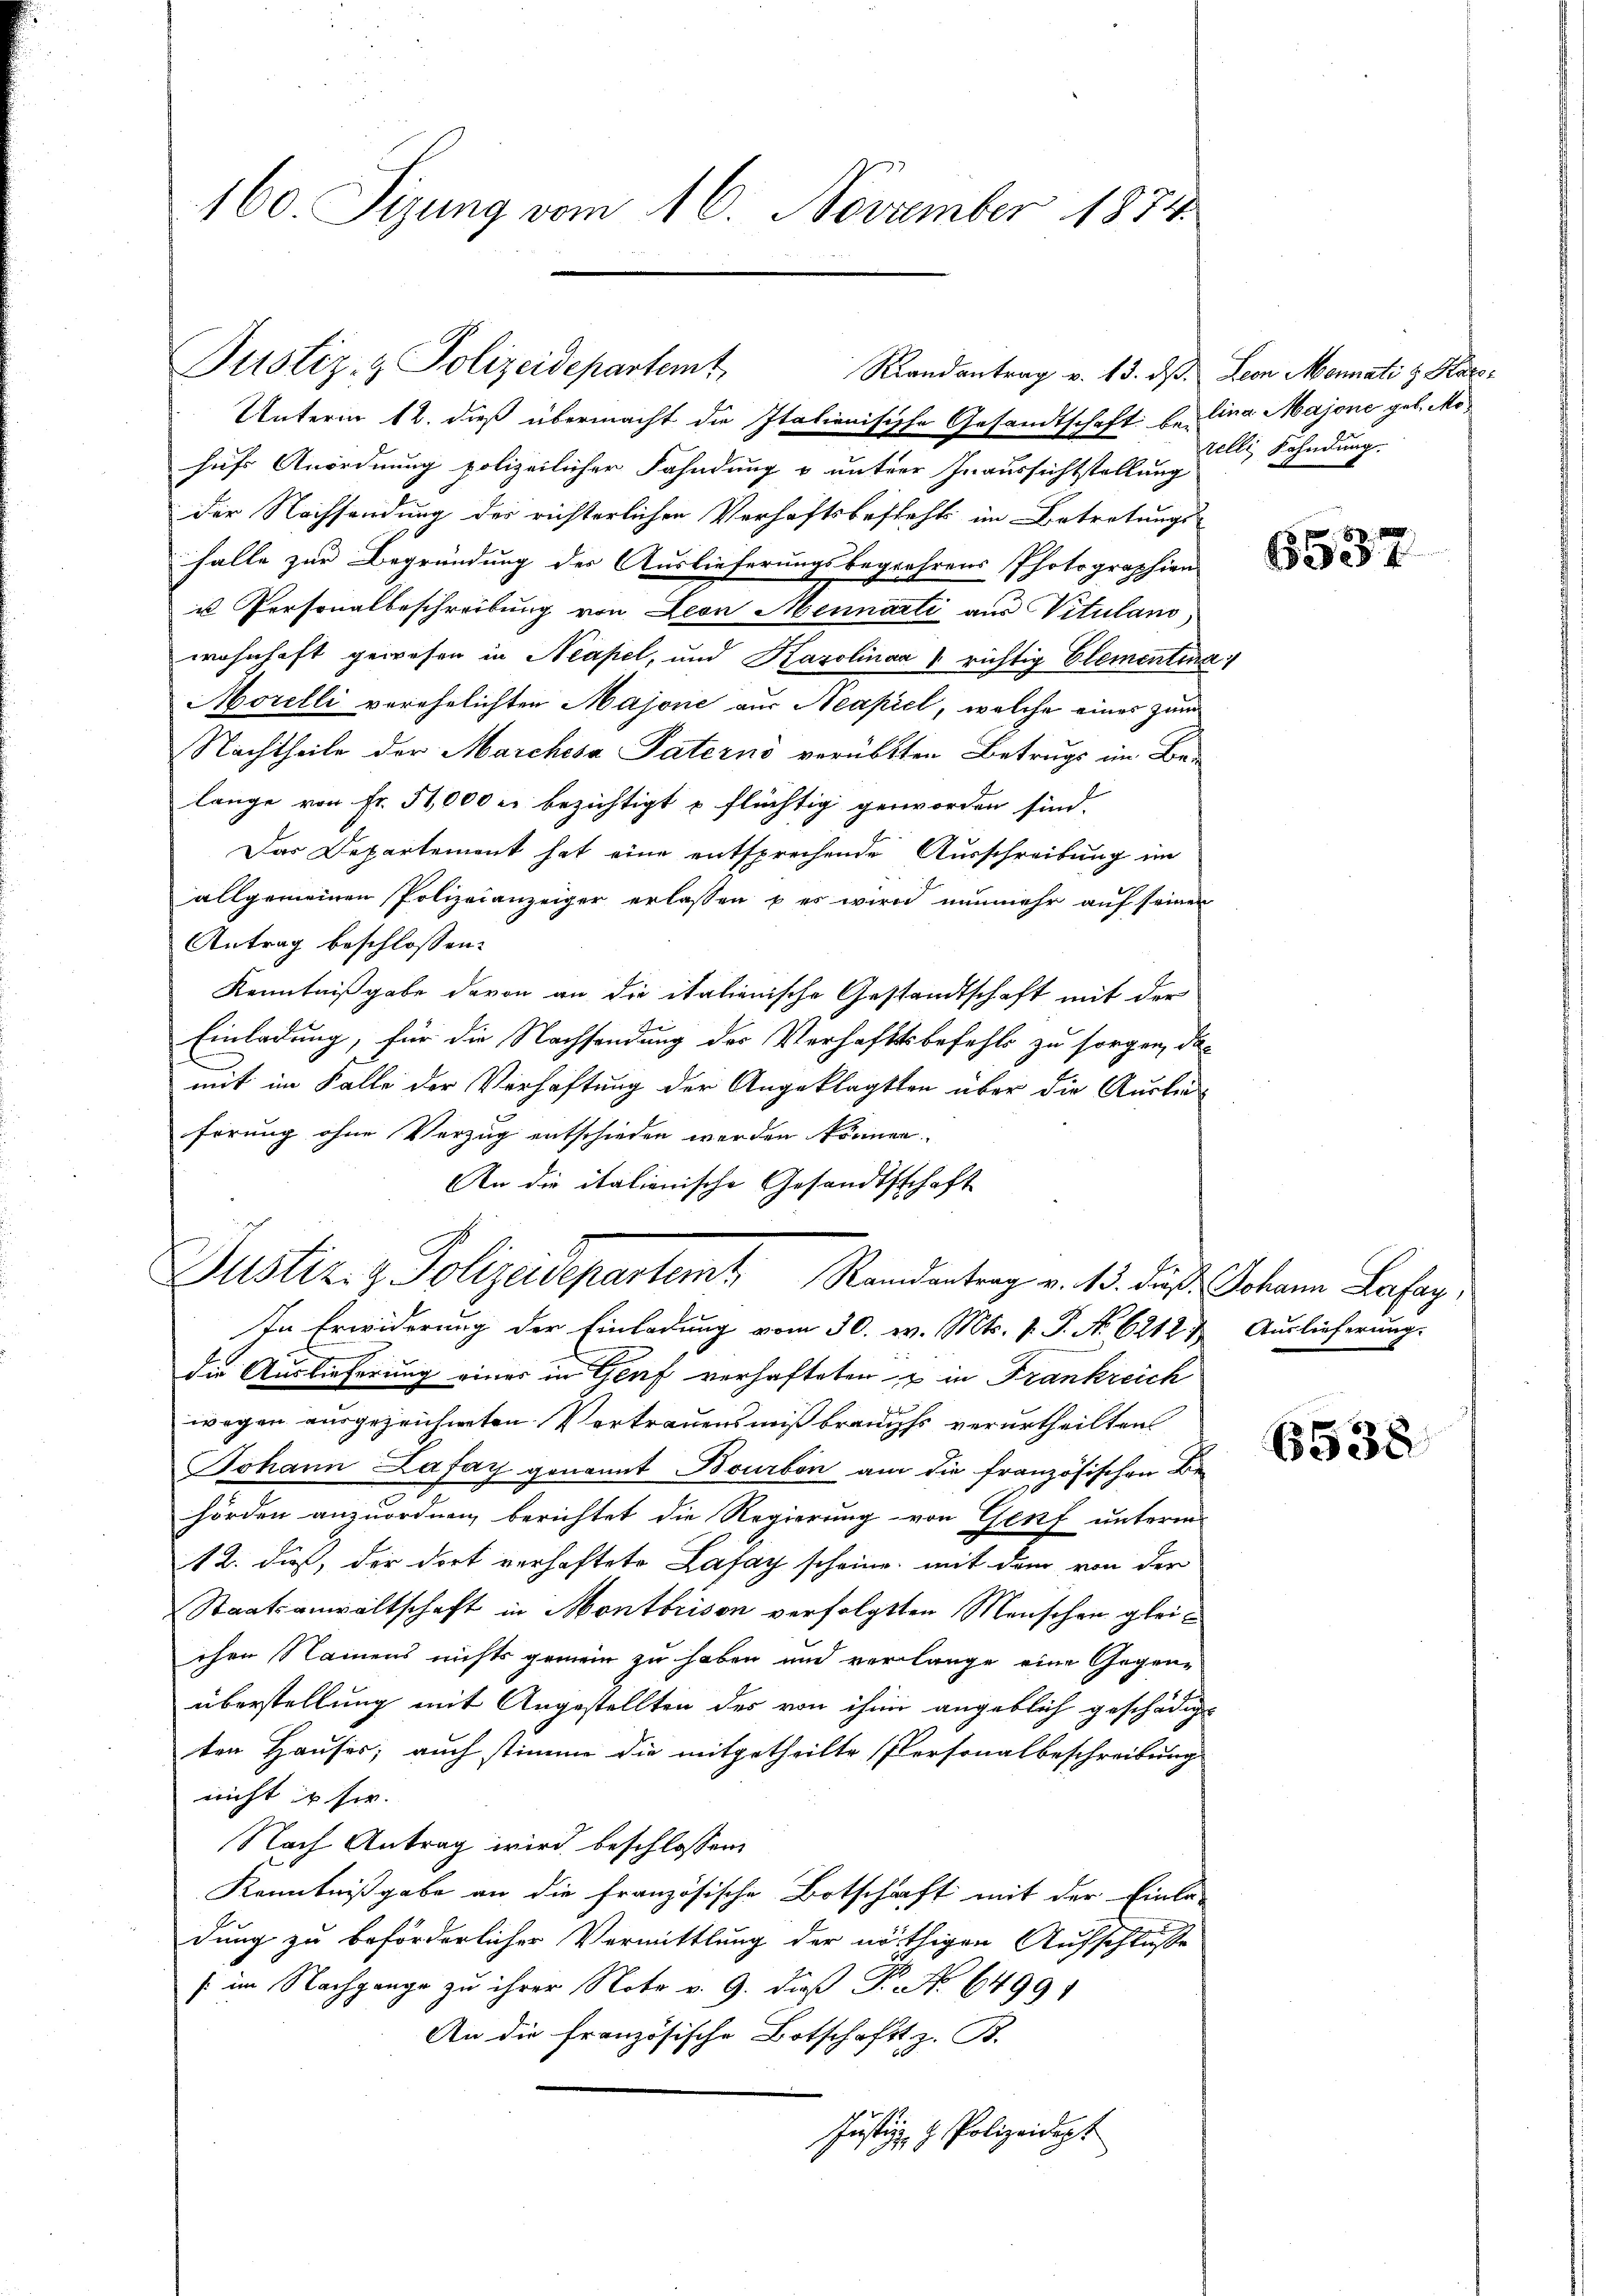
160. Sizung vom 16. November 1874

Rlandantrag v. 15. dß. Leon Monnati z. Rap¬
Unterm 12. dieß übermacht die Italienische Gesandtschaft beilina Majone geb. Mohufs Anordnung polizeilicher Fahndung & untere Inaussichtstellung
der Nachsendung der richterlichen Verhaftsbestehts im Betretungs-
falle zur Begründung des Auslieferungsbegrührens Photographien
u Personalbeschreibung von Leon Mennarti aus Vitulano,
wohnhaft gewesen in Neapel, und Karolinaa richtig Elementia
Morelli verehelichten Majone aus Neapiel, welche eines zum
Nachtheile der Marchesa Paterns verübten Betrugs im Be-
lange von Fr. 51,000 er bezichtigt u flüchtig geworden sind.
Das Departement hat eine entsprechende Ausschreibung im
allgemeinen Polizeianzeiger erlassen & es wird nunmehr auf seinen
Antrag beschlossen:
Kenntnißgabe davon an die italienische Gestandtschaft mit der
Einladung, für die Nachsendung der Verhaftsbefehls zu sorgen, das
mit im Falle der Verhaftung der Angeklagten über die Austreferung ohne Vorzug entschieden werden können.
An die italienische Gesandtschaft
Justiz- & Polizeidepartemt. Randentrag v. 13. daß Johann Lafaz.
In Erwiderung der Einladung vom 30. v. Mts. v. P. No 6212 & Auslieferung.
die Auslieferung einer in Genf verhafteten & in Frankreich
wegen ausgezeichneten Vertrauensmißbrauchs verurtheilten
Johann Lafay genannt Bourbon am die französischen Behörden anzuordnen, berichtet die Regierung von Genf unterm
12. dieß, der dort verhaftete Lafay scheine, mit dem von der
Staatsanwaltschaft in Montbrison verfolgten Menschen gleichen Namens nichts gemein zu haben und verlange eine Gegen-
überstellung mit Angestellten der von ihm angeblich geschädigt
ten Hauser; auch stimme die mitgetheilte Personalbeschreibung
nicht in sie.
Nach Antrag wird beschlossen,
Kenntnißgabe an die französische Botschaft mit der Einla-
dung zu beförderlicher Vermittlung der nöthigen Aufschluße
s im Nachgange zu ihrer Note v. 9. daß Fr. No 6499.
An die französische Botschaft z. B.
Justiz- & Polizeidept

Justiz- & Polizeidepartemt

relle Fahndung.

6537

6538